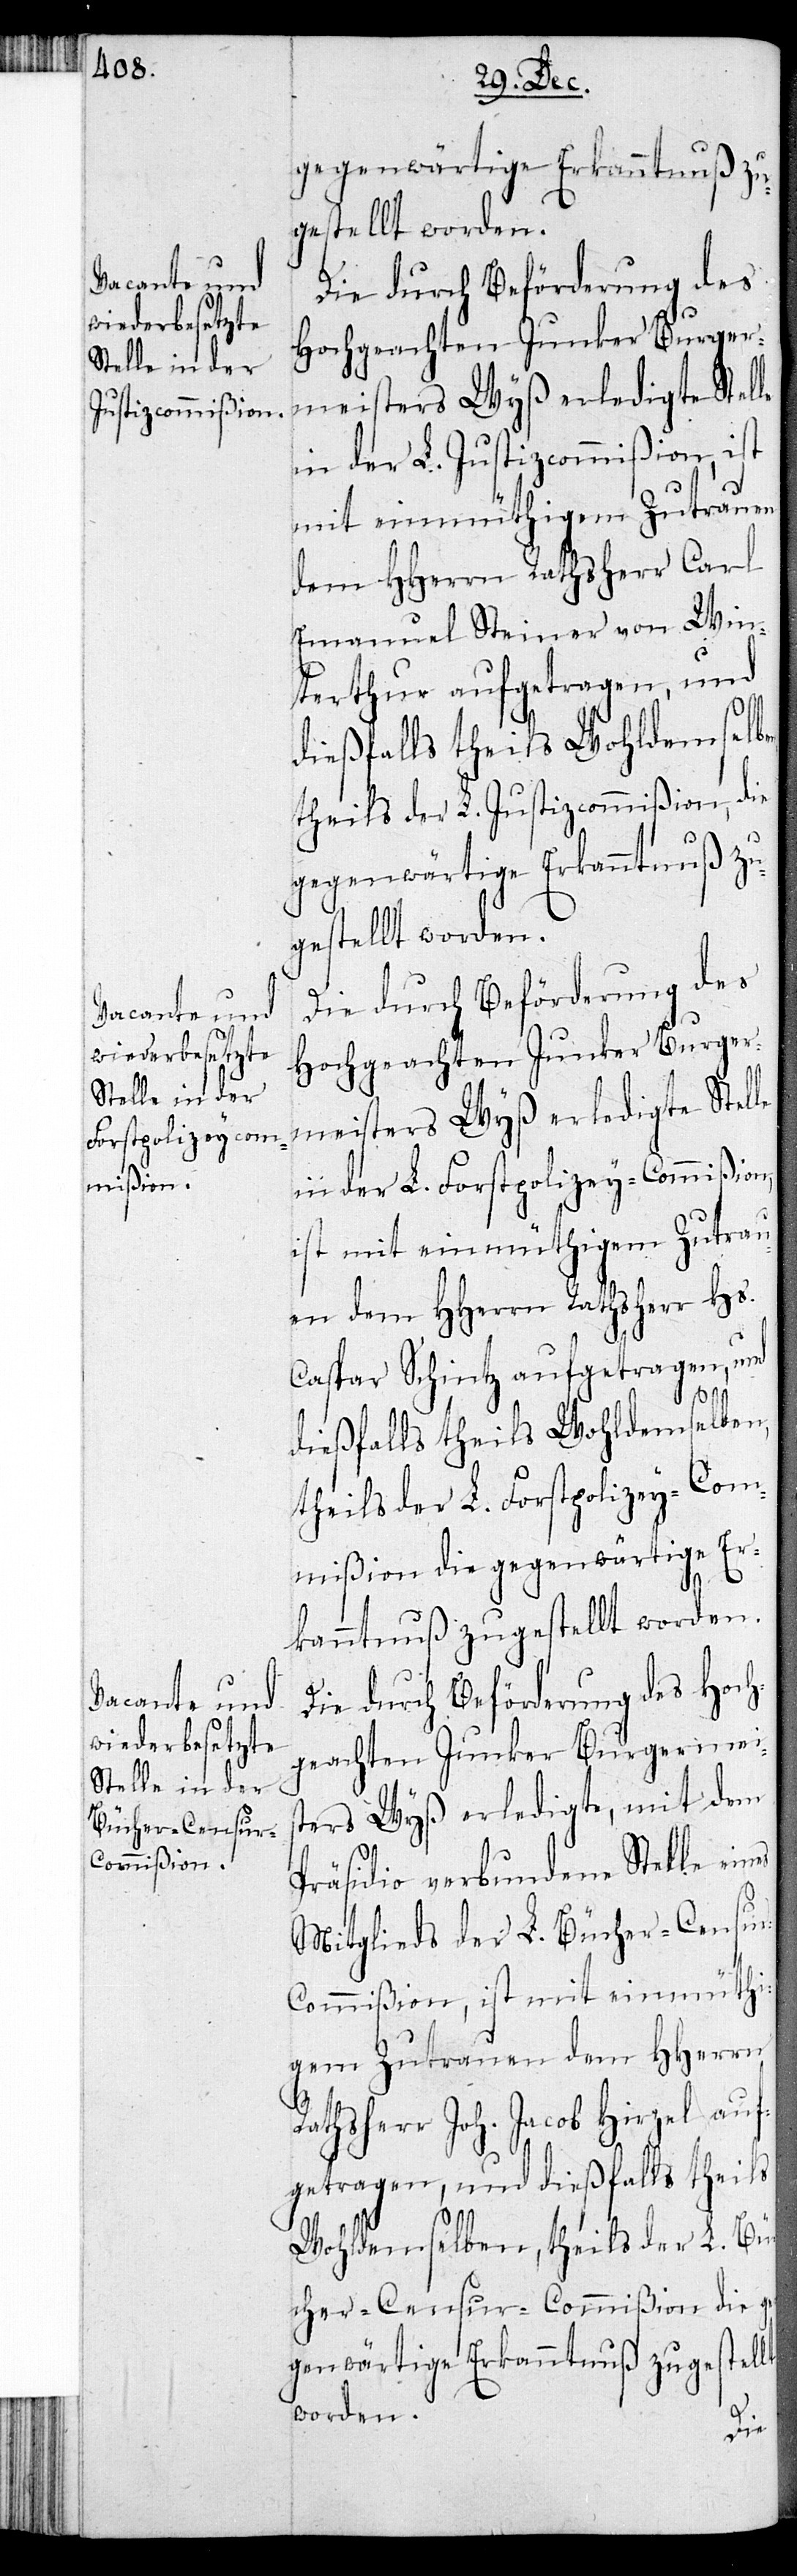
gegenwärtige Erkanntnuß zu¬
gestellt worden.
Die durch Beförderung des
Hochgeachten Junker Burger¬
meisters Wyß erledigte Stelle
in der L. Justizcommißion, ist
mit einmüthigem Zutrauen
dem HHerrn Rathsherr Carl
Emanuel Steiner von Win¬
terthur aufgetragen, und
theils der L. Justizcommißion, die
in der L. Forstpolizey-Commißion,
ist mit eimüthigem Zutrau¬
en dem HHerrn Rathsherr Hs.
Caspar Schintz aufgetragen, und
dießfalls theils Wohldemselben,
theils der L. Forstpolizey-Com¬
mißion die gegenwärtige Er¬
kanntnuß zugestellt worden.
Die durch Beförderung des Hoch¬
geachten Junker Burgermeis¬
ters Wyß erledigte, mit dem
Präsidio verbundene Stelle ein¬
Mitglieds der L. Bücher-Censu¬
r-Commißion, ist mit einmüthi¬
gem Zutrauen dem HHerrn
Rathsherr Joh. Jacob Hirzel auf¬
getragen, und dießfalls theils
Wohldemselben, theils der L. Bü¬
cher-Censur-Commißion die ge¬
genwärtige Erkanntnuß zugestellt
worden.
es